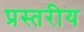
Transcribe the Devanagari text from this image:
प्रस्तरीय